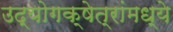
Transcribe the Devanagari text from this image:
उद्योगक्षेत्रांमध्ये